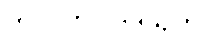
ကလဟဝိဝါဒသုတ်။